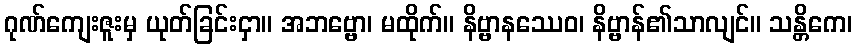
ဂုဏ်ကျေးဇူးမှ ယုတ်ခြင်းငှာ။ အဘဗ္ဗော၊ မထိုက်။ နိဗ္ဗာနဿေဝ၊ နိဗ္ဗာန်၏သာလျင်။ သန္တိကေ၊